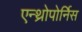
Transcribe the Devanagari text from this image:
एन्थ्रोपोर्निस